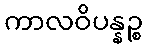
ကာလဝိပန္နဉ္စ